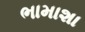
ભામાશા